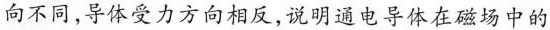
向不同，导体受力方向相反，说明通电导体在磁场中的